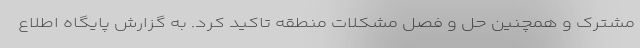
مشترک و همچنین حل و فصل مشکلات منطقه تاکید کرد. به گزارش پایگاه اطلاع